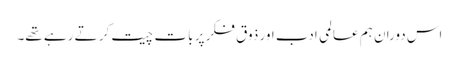
اس دوران ہم عالمی ادب اور ذوقِ فکر پر بات چیت کر تے رہے تھے۔